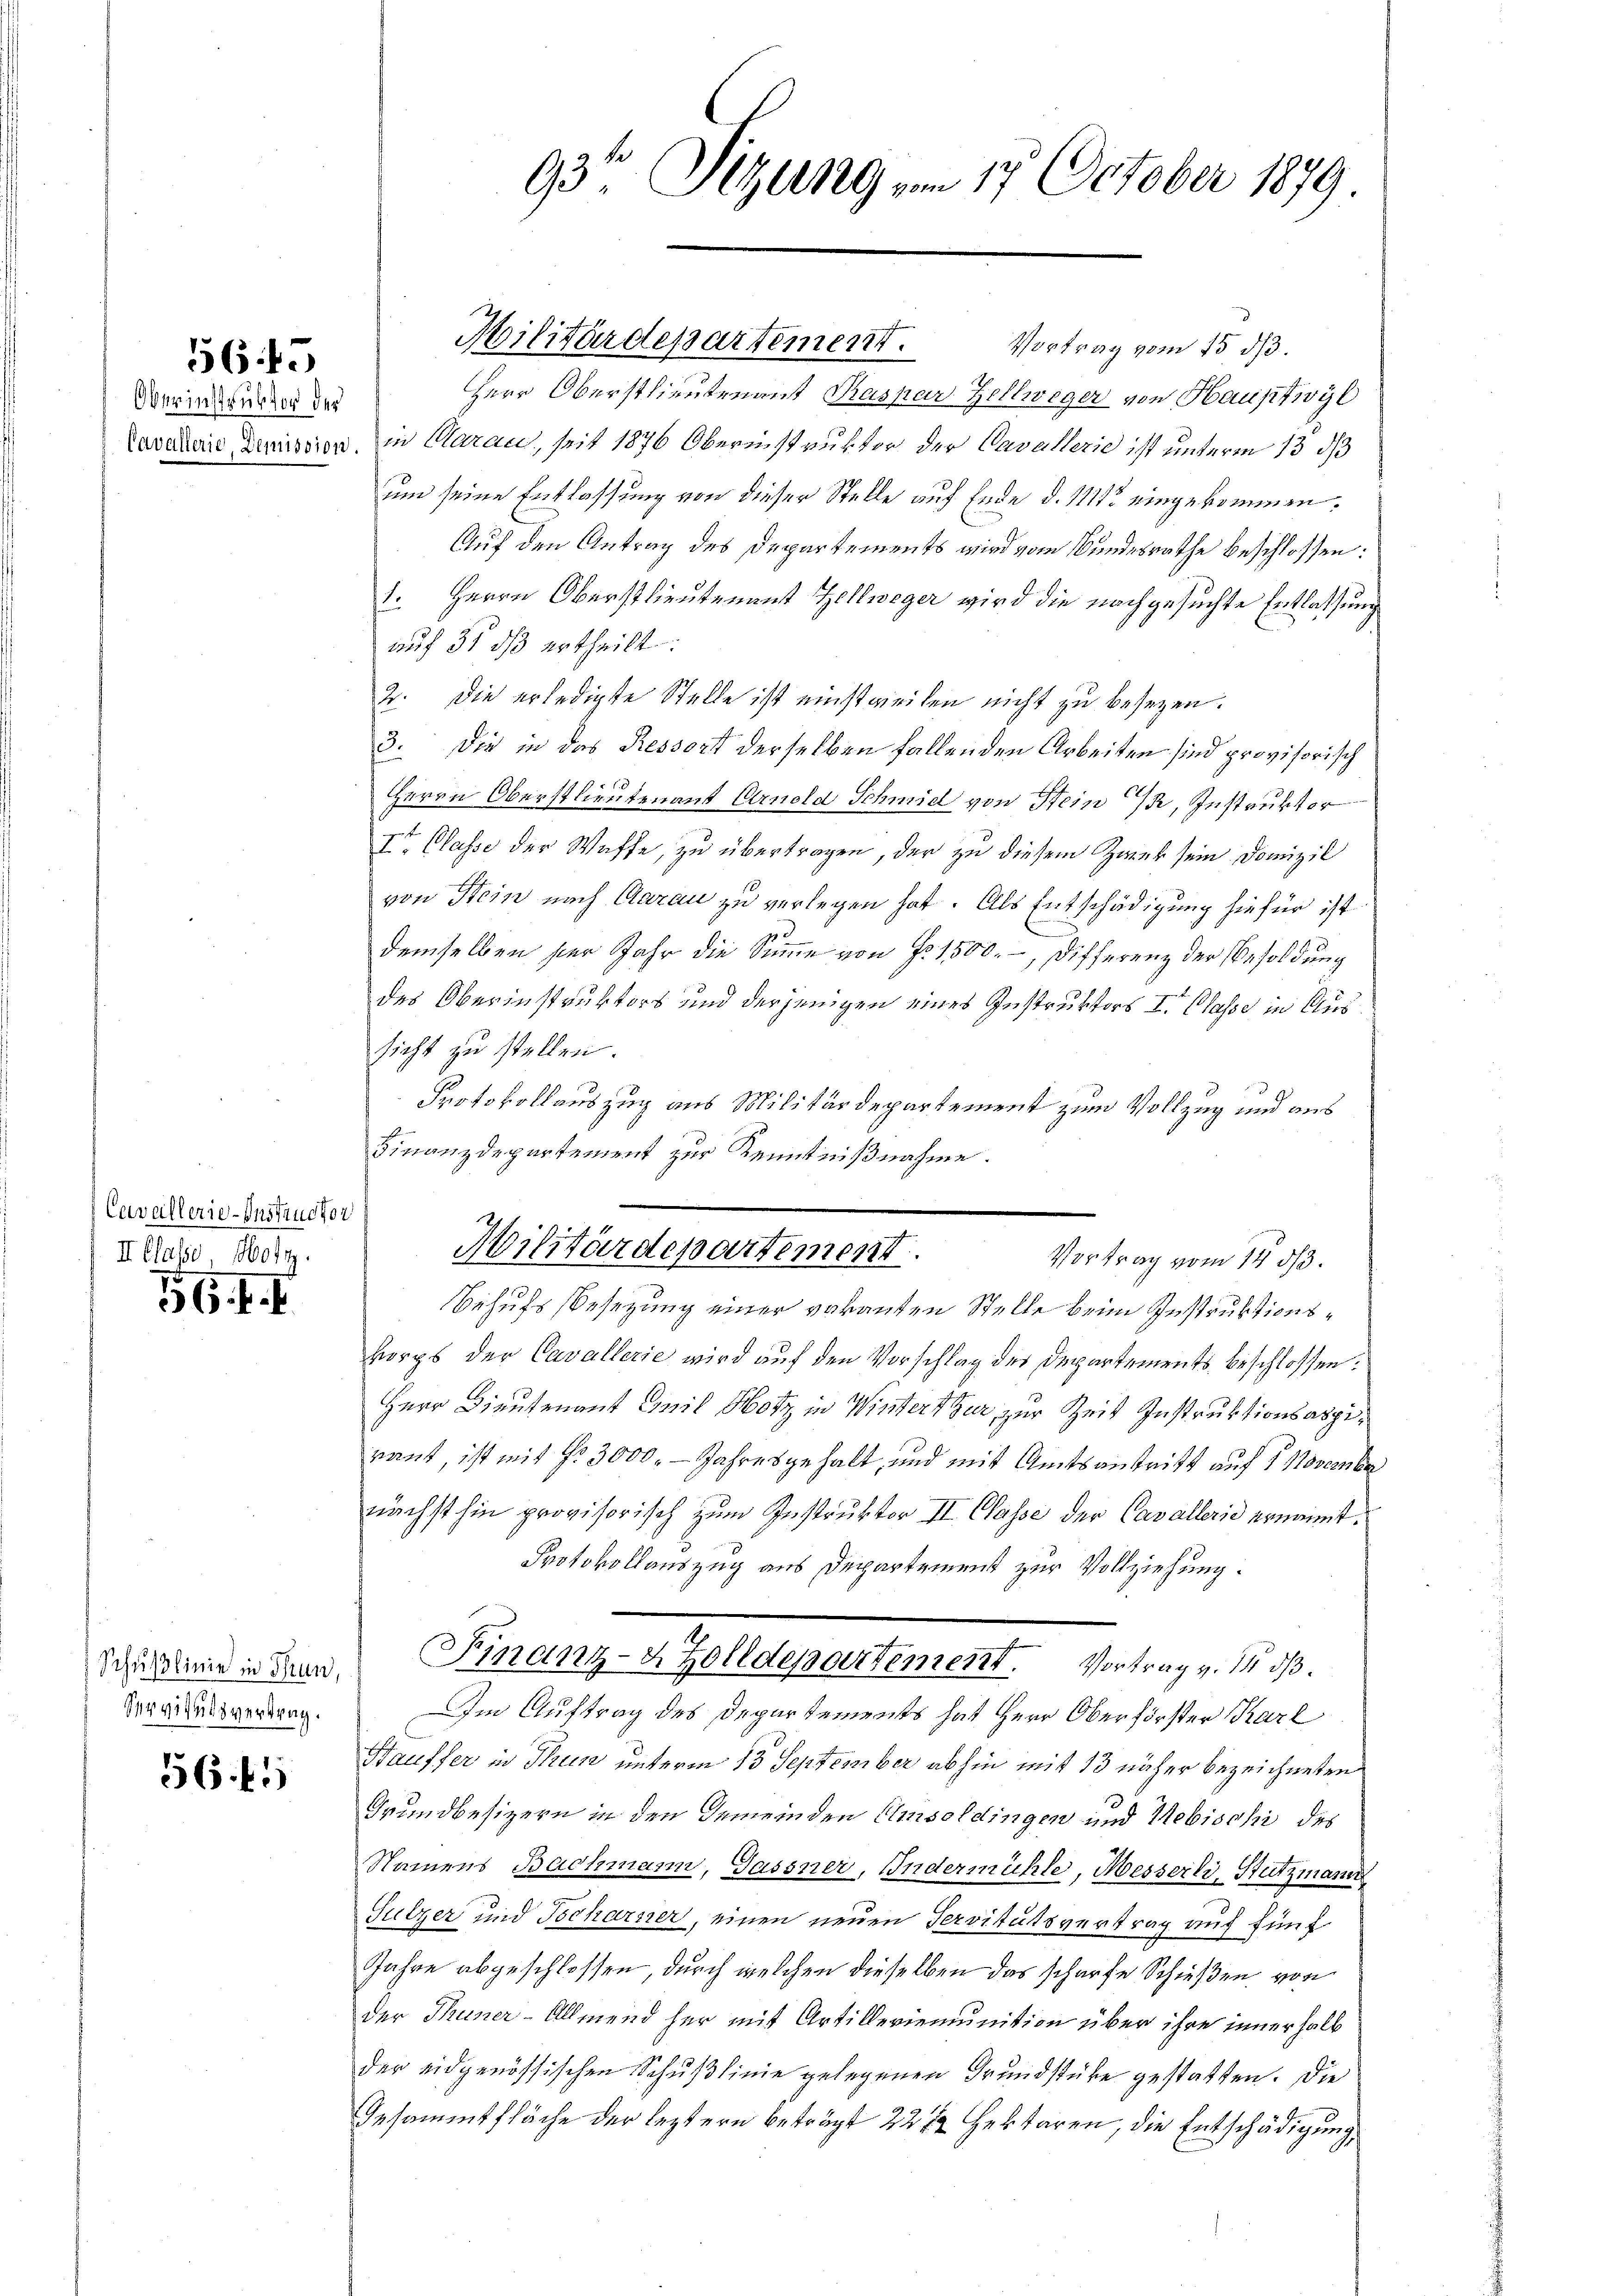
565

Oberinstruktor der

Cavallerie-Instructor
II Classe, Hott

36. f. f.

Schußlinie in Tran,
Servitutsvertrag.

56 f.

93te Sitzung vom 17. October 1879.

Militärdepartement. Vortrag vom 15. dβ.
Herr Oberstlieutenant Kaspar Zellweger von Hauptwyl
Lavaterie Dimission, in Aarau, seit 1876 Oberinstruktor der Cavallerie ist unterm 13 d
um seine Entlassung von dieser Stelle auf Ende d. 11112 eingekommen.
Auf den Antrag des Departements wird vom Bundesrathe beschlossen:
1. Herrn Oberstlieutenant Zellweger wird die nachgesuchte Entlassung
auf 31 dβ ertheilt:
2. Die erledigte Stelle ist einstweilen nicht zu besetzen.
3. Die in das Ressort derselben fallenden Arbeiten sind provisorisch
Herrn Oberstlieutenant Arnold Schmid von Stein, Instruktor
Ite Classe der Waffe, zu übertragen, der zu diesem Zwek sein Domizil
von Stein nach Aarau zu verlegen hat. Als Entschädigung hiefür ist
demselben hier Jahr die Summe von Fr. 1500. – Differenz der Besoldung
des Oberinstruktors und derjenigen eines Instruktors I. Classe in Aussicht zu stellen.
Protokollauszug aus Militärdepartement zum Vollzug und aus
Finanzdepartement zur Kenntnißnahme.
Militärdepartement.
Vortrag vom 14. ds.
Behufs Besetzung einer vakanten Stelle beim Instruktionsvorps der Cavallerie wird auf den Vorschlag des Departements beschlossen:
Herr Dieutenant Emil Hotz in Winterthur zur Zeit Instruktionsaspirant, ist mit No 3000. - Jahresgehalt, und mit Amtsantritt auf 1 November
nächsthin provisorisch zum Instruktor II. Classe der Cavallerie ernannt.
Protokollauszug aus Departement zur Vollziehung.
Finanz-4 Zolldepartement. Vortrag v. 14. ds.
Im Auftrag des Departements hat Herr Oberförster Karl
Hauffer in Thun unterm 13 September abhin mit 13 näher bezeichneten
Grundbesizern in den Gemeinden Umsoldingen und Nebischi des
Namens Bachmann, Gassner, Indermühle, Messerli-Stützmann
Sulzer und Tocharner, einen neuen Servitutsvertrag auf fünf
Jahre abgeschlossen, durch welchen dieselben das scharfe Schießen von
der Thuner-Allmend her mit Artilleriemunition über ihre innerhalb
der eidgenössischen Schußlinie gelegenen Grundstücke gestatten. Die
Gesammtfläche der leztern beträgt 22 1/2 Hektoren, die Entschädigung,